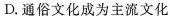
D.通俗文化成为主流文化